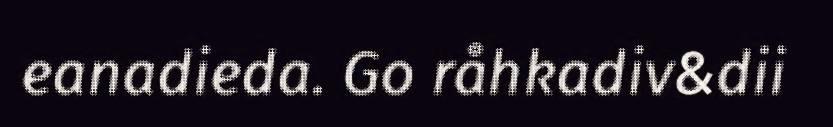
eanadieda. Go råhkadiv&dii